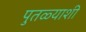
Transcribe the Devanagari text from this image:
पुतळ्याशी